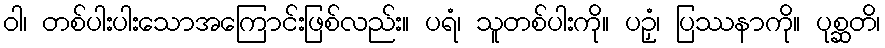
ဝါ၊ တစ်ပါးပါးသောအကြောင်းဖြစ်လည်း။ ပရံ၊ သူတစ်ပါးကို။ ပဉှံ၊ ပြဿနာကို။ ပုစ္ဆတိ၊